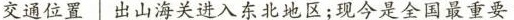
交通位置 出山海关进入东北地区；现今是全国最重要